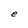
Character: e